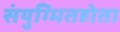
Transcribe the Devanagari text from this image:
संयुग्मितहोता